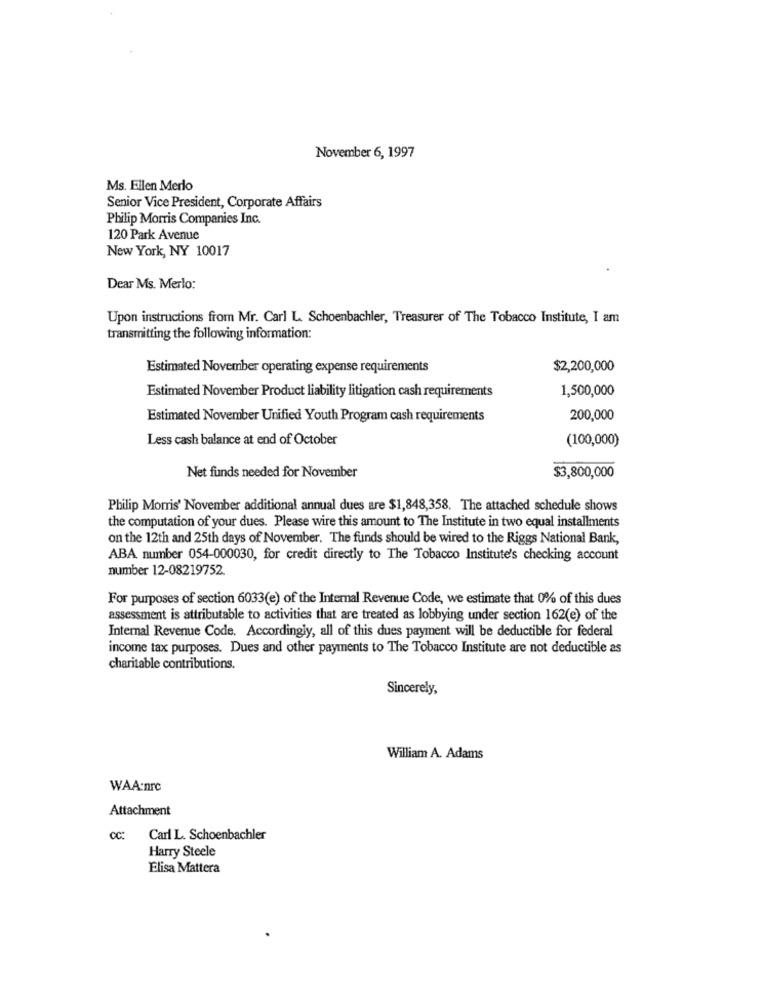
November 6, 1997
Ms. Ellen Merlo
Senior Vice President, Corporate Affairs
Philip Morris Companies Inc.
120 Park Avenue
New York, NY 10017
Dear Ms. Merlo:
Upon instructions from Mr. Carl L. Schoenbachler, Treasurer of The Tobacco Institute, I am
transmitting the following information:
Estimated November operating expense requirements
$2,200,000
Estimated November Product liability litigation cash requirements
1,500,000
Estimated November Unified Youth Program cash requirements
200,000
Less cash balance at end of October
(100,000)
Net funds needed for November
$3,800,000
Philip Morris' November additional annual dues are $1,848,358. The attached schedule shows
the computation of your dues. Please wire this amount to The Institute in two equal installments
on the 12th and 25th days of November. The funds should be wired to the Riggs National Bank,
ABA number 054-000030, for credit directly to The Tobacco Institute's checking account
number 12-08219752
For purposes of section 6033(e) of the Internal Revenue Code, we estimate that 0% of this dues
assessment is attributable to activities that are treated as lobbying under section 162(e) of the
Internal Revenue Code. Accordingly, all of this dues payment will be deductible for federal
income tax purposes. Dues and other payments to The Tobacco Institute are not deductible as
charitable contributions.
Sincerely,
William A. Adams
WAA.nrc
Attachment
CC:
Carl L. Schoenbachler
Harry Steele
Elisa Mattera